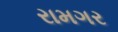
રામગર